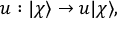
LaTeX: u : | \chi \rangle \rightarrow u | \chi \rangle ,